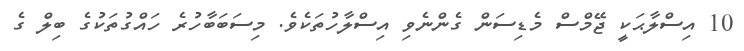
10 އިސްލާާޙަކީ ޖޭމްސް މެޑިސަން ގެންނެވި އިސްލާހުތަކެވެ. މިސަބަބާހުރެ ހައްގުތަކުގެ ބިލް ގެ